Dysentery and liver abscess in Bombay - Number 47
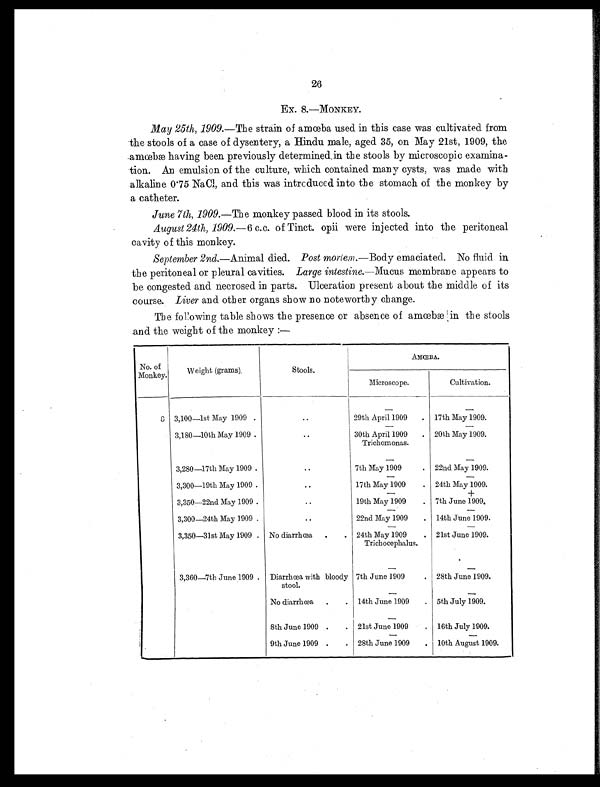
26
Ex. 8.—MONKEY.
May 25th, 1909. —The strain of amœba used in this case was cultivated from
the stools of a case of dysentery, a Hindu male, aged 35, on May 21st, 1909, the
amœbæ having been previously determined in the stools by microscopic examina-
tion. An emulsion of the culture, which contained many cysts, was made with
alkaline 0.75 NaCl, and this was introduced into the stomach of the monkey by
a catheter.
June 7th, 1909. —The monkey passed blood in its stools.
August 24th, 1909.—6 c.c. of Tinct. opii were injected into the peritoneal
cavity of this monkey.
September 2nd. —Animal died. Post mortem. —Body emaciated. No fluid in
the peritoneal or pleural cavities. Large intestine. —Mucus membrane appears to
be congested and necrosed in parts. Ulceration present about the middle of its
course. Liver and other organs show no noteworthy change.
The following table shows the presence or absence of amœbæ in the stools
and the weight of the monkey :—
No. of
Monkey.
Weight (grams).
Stools.
AMŒBA.
Microscope.
Cultivation.
—
—
8 3,100—1st May 1909 .
..
29th April 1909
.
17th May 1909.
—
—
3,180—10th May 1909 .
. .
30th April 1909
Trichomonas.
. 20th May 1909.
—
—
3,280—17th May 1909 .
. .
7th May 1909
.
22nd May 1909.
—
—
3,300—19th May 1909 .
. .
17th May 1909
.
24th May 1909.
—
+
3,350—22nd May 1909 .
. .
19th May 1909
.
7th June 1909.
—
—
3,300—24th May 1909 .
..
22nd May 1909
.
14th June 1909.
—
—
3,350—31st May 1909 . No diarrhœa
.
. 24th May 1909
Trichocephalus.
. 21st June 1909.
—
—
3,360—7th June 1909 . Diarrhœa with bloody
stool.
7th June 1909
. 28th June 1909.
—
—
No diarrhœa
. . 14th June 1909
. 5th July 1909.
—
—
8th June 1909 .
. 21st June 1909
.
16th July 1909.
—
—
9th June 1909 .
. 28th June 1909
.
10th August 1909.